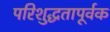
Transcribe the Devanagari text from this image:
परिशुद्धतापूर्वक